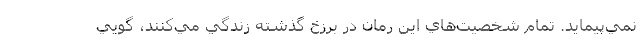
نمي‌پيمايد. تمام شخصيت‌هاي اين رمان در برزخ گذشته زندگي مي‌كنند، گويي